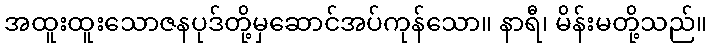
အထူးထူးသောဇနပုဒ်တို့မှဆောင်အပ်ကုန်သော။ နာရီ၊ မိန်းမတို့သည်။